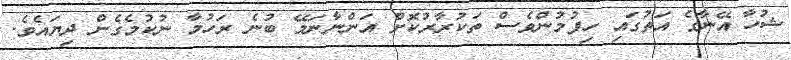
ޝުހާ އޭނާގެ އަތުގައި ހިފުމުންވެސް ތަކުރާރުކޮށް އަންނާނަމޭ ބުނެ ރަހުމާ ނުކުމެގެން ދިޔައެވެ.